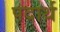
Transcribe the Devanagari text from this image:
पदार्थ